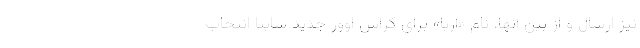
نیز ارسال و از بین آنها، نام «آریا» برای کراس اوور جدید سایپا انتخاب